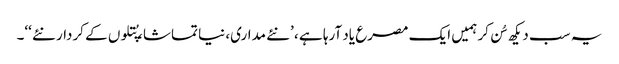
یہ سب دیکھ سُن کر ہمیں ایک مصرع یاد آرہا ہے ، ’نئے مداری، نیا تماشا، پُتلوں کے کردار نئے ‘‘۔